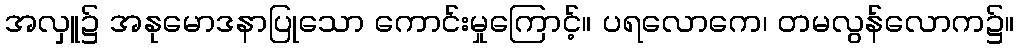
အလှူ၌ အနုမောဒနာပြုသော ကောင်းမှုကြောင့်။ ပရလောကေ၊ တမလွန်လောက၌။